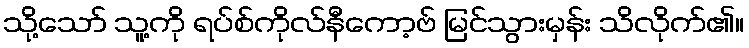
သို့သော် သူ့ကို ရပ်စ်ကိုလ်နီကော့ဗ် မြင်သွားမှန်း သိလိုက်၏။